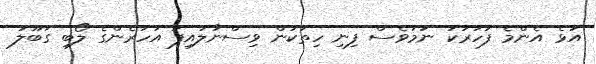
އަޅެ އެންމެ ފަހަރަކު ނަމަވެސް ފިނި ހިތަކުން ވިސްނާލައިފަ އަހަރެންގެ ލޯބި ގަބޫލު